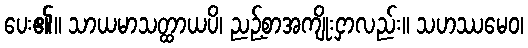
ပေး၏။ သာယမာသတ္ထာယပိ၊ ညဉ့်စာအကျိုးငှာလည်း။ သဟဿမေဝ၊